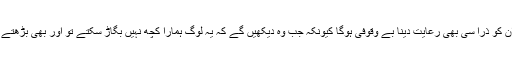
ایسے میں ان کو ذرا سی بھی رعایت دینا بے وقوفی ہوگا کیونکہ جب وہ دیکھیں گے کہ یہ لوگ ہمارا کچھ نہیں بگاڑ سکتے تو اور بھی بڑھتے جائیں گے۔